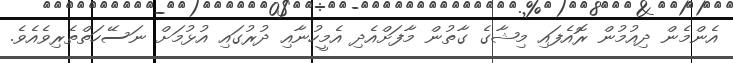
އެންމެން ދިއުމުން ރޮއެފައި މިޝާގެ ގާތުން މާފަށްއެދި އެމީހުނާއި ދުރުގައި އުޅުމަށް ނަސޭހަތްތެރިވެއެވެ.